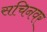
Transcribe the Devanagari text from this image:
सचिनवर